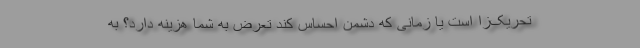
تحریک‌زا است یا زمانی که دشمن احساس کند تعرض به شما هزینه‌ دارد؟ به